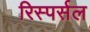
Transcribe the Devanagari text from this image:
रिस्पर्सल